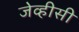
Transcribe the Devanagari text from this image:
जेव्हीसी